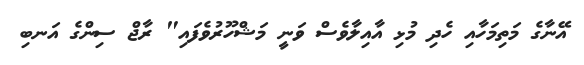
އޭނާގެ މަތިމަހާއި ހެދި މުޅި އާއިލާވެސް ވަނީ މަޝްހޫރުވެފައި" ރާޖް ސިންގެ އަނބި